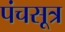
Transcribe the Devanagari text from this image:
पंचसूत्र